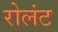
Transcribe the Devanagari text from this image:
रोलंट